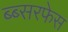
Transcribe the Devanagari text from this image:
ब्ब्सरफेस